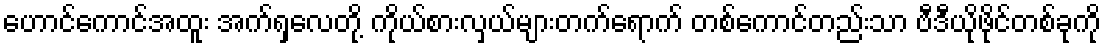
ဟောင်ကောင်အထူး အက်ရှလေတို့ ကိုယ်စားလှယ်များတက်ရောက် တစ်ကောင်တည်းသာ ဗီဒီယိုဖိုင်တစ်ခုကို